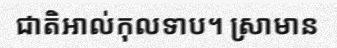
ជាតិអាល់កុលទាប។ ស្រាមាន